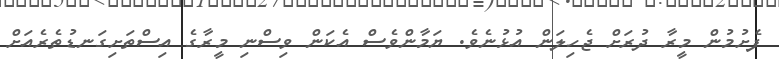
ފެށުމުން މީރާ ދުރަށް ޖެހިލަން އުޅުނެވެ. ޔަމާންވެސް އެކަން ވިސްނި މީރާގެ އިސްތަށިގަނޑުތެރެއަށް